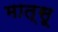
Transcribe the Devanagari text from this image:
मात्सू